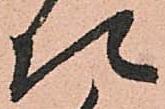
次